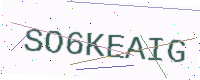
Text: SO6KEAIG